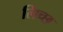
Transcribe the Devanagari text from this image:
लिच्छ